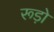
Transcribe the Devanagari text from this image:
रूड़ो